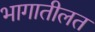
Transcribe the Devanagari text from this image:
भागातीलत